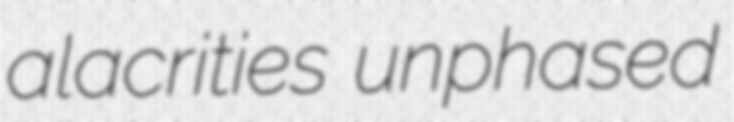
alacrities unphased